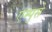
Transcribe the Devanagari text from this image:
एम्पुसे